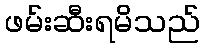
ဖမ်းဆီးရမိသည်